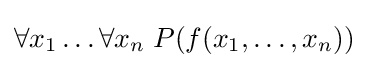
\forall x_{1}\ldots \forall x_{n}\;P(f(x_{1},\ldots ,x_{n}))